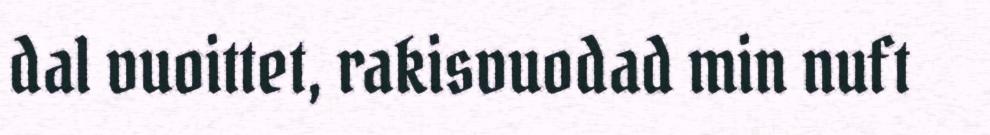
dal vuoittet, rakisvuodad min nuft